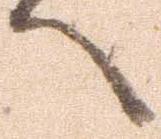
へ